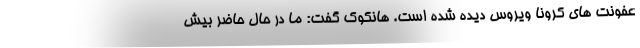
عفونت های کرونا ویروس دیده شده است. هانکوک گفت: ما در حال حاضر بیش